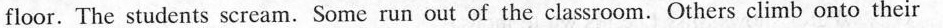
floor. The students scream.Some run out of the classroom. Others climb onto their